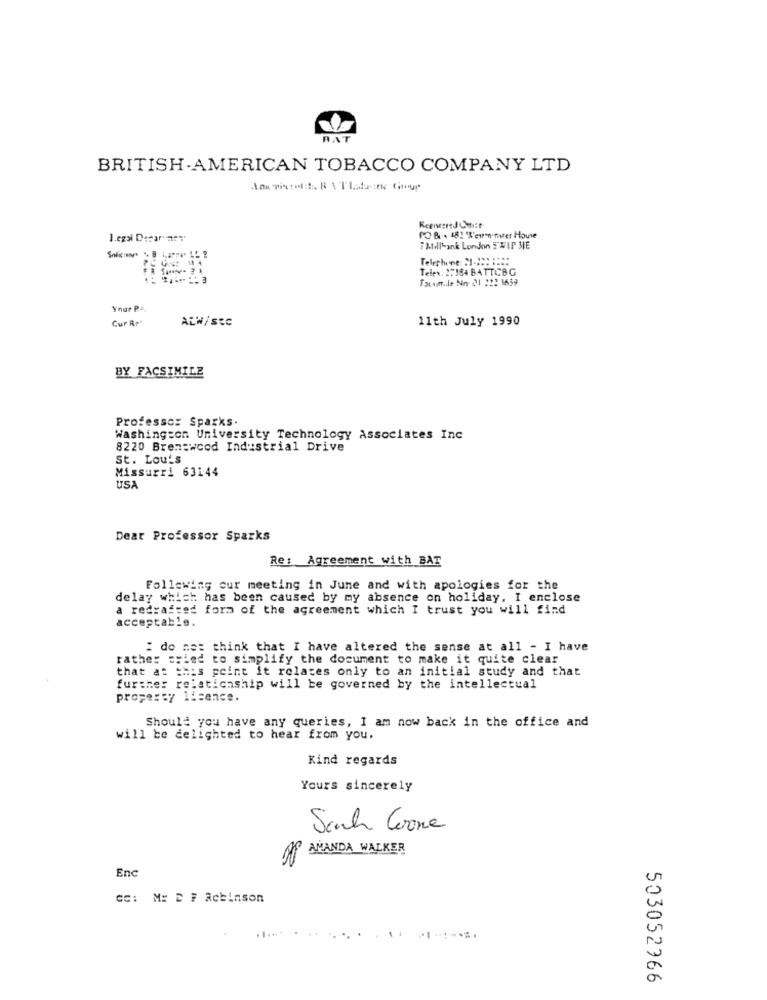
RAT
BRITISH AMERICAN TOBACCO COMPANY LTD
1.egal Derar ary
PO & 181 ''even-nurer House
i Mtillbank London EWIP ME
Telephone ::::::::
Telev. 27 184 BATTCBG
Taxsim .. le Nn- 21 :22 1659
Your PA
Cur Re
ALW/SEC
11th July 1990
BY FACSIMILE
Professor Sparks.
Washington University Technology Associates Inc
8220 Brentwood Industrial Drive
St. Lou's
Missurri 63144
USA
Dear Professor Sparks
Re: Agreement with BAT
Follewing cur meeting in June and with apologies for the
delay which has been caused by my absence on holiday. I enclose
a redrafted form of the agreement which I trust you will find
acceptable.
I do ne: think that I have altered the sense at all - I have
rather =Hled to simplify the document to make it quite clear
that at this point it relates only to an initial study and that
further relaticaship will be governed by the intellectual
property licence.
Should you have any queries, I am now back in the office and
will be delighted to hear from you.
Kind regards
Yours sincerely
V.
Sich Coone
AMANDA WALKER
Enc
CC: M: D F Robinson
503052966